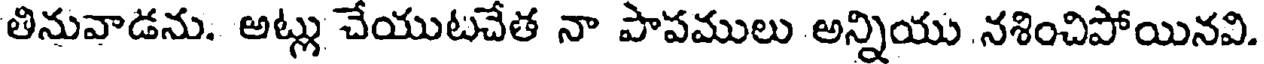
తినువాడను. అట్లు చేయుటచేత నా పాపములు అన్నియు నశించిపోయినవి.